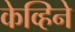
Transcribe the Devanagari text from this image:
केव्हिने